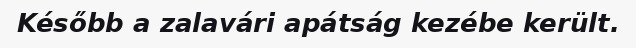
Később a zalavári apátság kezébe került.